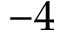
- 4